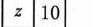
z 10